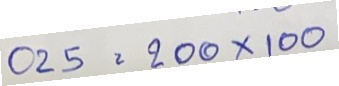
025 = 200 x 100